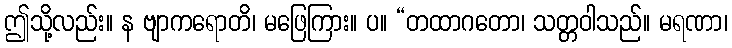
ဤသို့လည်း။ န ဗျာကရောတိ၊ မဖြေကြား။ ပ။ “တထာဂတော၊ သတ္တဝါသည်။ မရဏာ၊